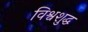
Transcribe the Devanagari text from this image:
विश्वशुद्ध